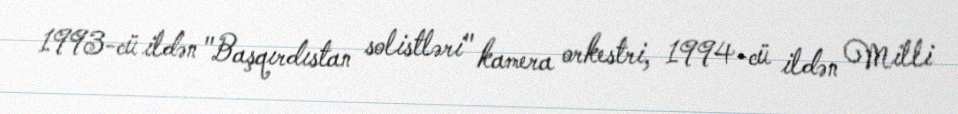
1993-cü ildən "Başqırdıstan solistləri" kamera orkestri, 1994-cü ildən Milli